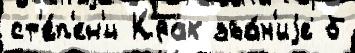
ст'е́п'ен'и Крах зва́н'иjе б